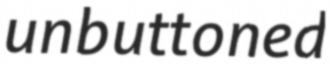
unbuttoned